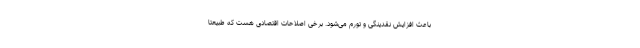
باعث افزایش نقدینگی و تورم می‌شود. برخی اصلاحات اقتصادی هست که طبیعتاً